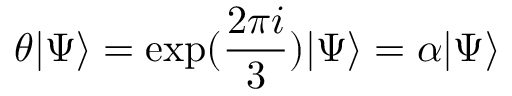
\theta \vert \Psi \rangle = \exp ( \frac { 2 \pi i } { 3 } ) \vert \Psi \rangle = \alpha \vert \Psi \rangle